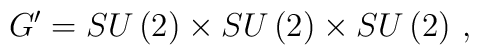
G'=SU\left(2\right)\times SU\left(2\right)\times SU\left(2\right)\,,